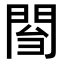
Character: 𨴌